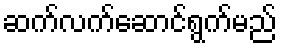
ဆက်လက်ဆောင်ရွက်မည်